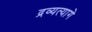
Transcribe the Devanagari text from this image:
द्रव्यत्यागे